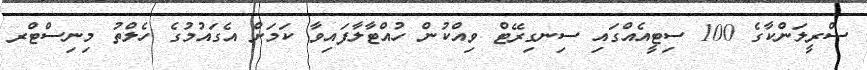
ސްރީލަންކާގެ 100 ސިޓީއެއްގައި ސިނގިރޭޓް ވިއްކުން ހުއްޓާލާފައިވާ ކަމަށް އެގައުމުގެ ހެލްތު މިނިސްޓްރ